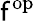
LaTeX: \mathsf{f}^{\mathrm{{op}}}